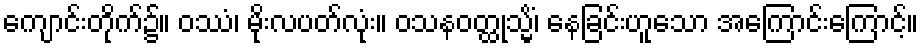
ကျောင်းတိုက်၌။ ဝဿံ၊ မိုးလပတ်လုံး။ ဝသနဝတ္ထုသ္မိံ၊ နေခြင်းဟူသော အကြောင်းကြောင့်။